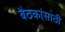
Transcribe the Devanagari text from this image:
बैठकांसाठी